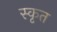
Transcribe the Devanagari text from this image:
स्कृत